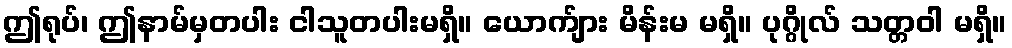
ဤရုပ်၊ ဤနာမ်မှတပါး ငါသူတပါးမရှိ။ ယောက်ျား မိန်းမ မရှိ။ ပုဂ္ဂိုလ် သတ္တဝါ မရှိ။